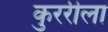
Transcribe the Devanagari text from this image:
कुररीला